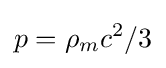
p=\rho _{m}c^{2}/3